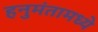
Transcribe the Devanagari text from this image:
हनुमंतामध्ये